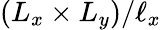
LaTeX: (L_{x}\times L_{y})/\ell_{x}